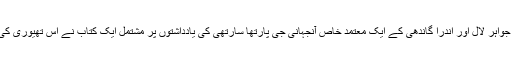
مگر حا ل ہی میں جواہر لال اور اندرا گاندھی کے ایک معتمد خاص آنجہانی جی پارتھا سارتھی کی یادداشتوں پر مشتمل ایک کتاب نے اس تھیوری کی ہوا نکال دی ہے۔